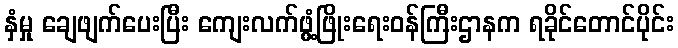
နှံမှု ချေဖျက်ပေးပြီး ကျေးလက်ဖွံ့ဖြိုးရေးဝန်ကြီးဌာနက ရခိုင်တောင်ပိုင်း